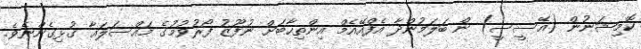
ކޮމިޝަނުން (އޭސީސީ) ން ބަލަމުންދާ އެފްއޭއެމް އިންތިހާބަށް ނުފޫޒު ފޯރުވުމުގެ މައްސަލައާ ގުޅިގެންނެވެ.